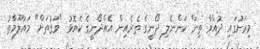
މިރަށުގައި ދުއްވާ ތިން ކަންނެލި ދޯނީގެ ތެރެއިން އެއްދޯނީގެ ކެޔޮޅު "ވަގުތަށް" މައުލޫމާތު